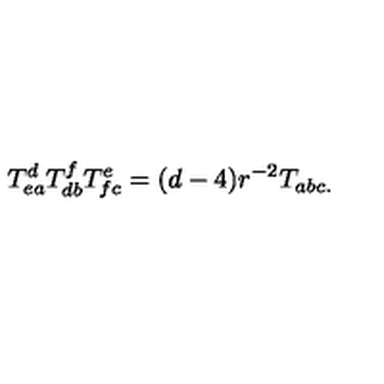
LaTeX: T _ { e a } ^ { d } T _ { d b } ^ { f } T _ { f c } ^ { e } = ( d - 4 ) r ^ { - 2 } T _ { a b c . }